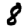
Digit: 8